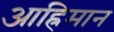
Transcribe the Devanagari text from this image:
आह्रिमान